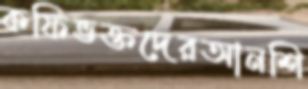
কফিভক্তদেরআনশি